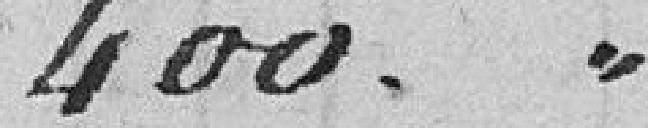
400. "